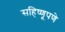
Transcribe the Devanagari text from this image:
सहिष्णूपणे